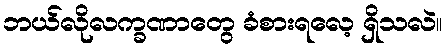
ဘယ်လိုလက္ခဏာတွေ ခံစားရလေ့ ရှိသလဲ။